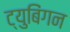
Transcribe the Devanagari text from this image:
ट्युबिंगन